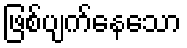
ဖြစ်ပျက်နေသော